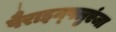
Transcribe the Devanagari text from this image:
पैराइन्फ्लुएंजा